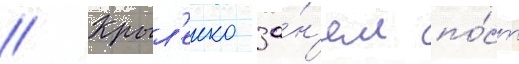
// Крыл'енко за́н'ял по́ст